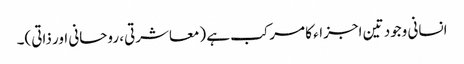
انسانی وجود تین اجزاء کا مرکب ہے (معاشرتی، روحانی اور ذاتی)۔